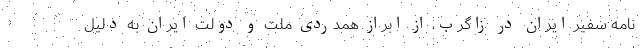
نامه سفیر ایران در زاگرب، از ابراز همدردی ملت و دولت ایران به دلیل